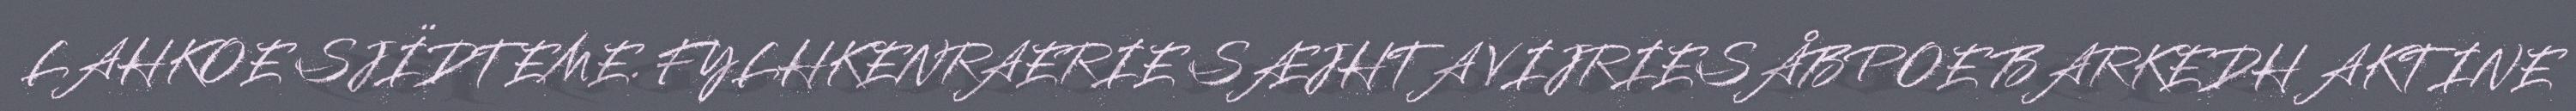
LAHKOE SJÏDTEME. FYLHKENRAERIE SÆJHTA VIJRIESÅBPOE BARKEDH AKTINE